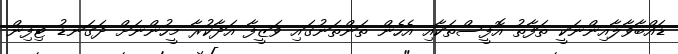
ޑައްބާވާލާއިންނަކީ ތަފާތު އޮފީސްތަކާއި އެހެން ތަންތަނުގައި ވަޒީފާ އަދާކުރާ މީހުންނަށް ދަގަނޑު ޓިފިން